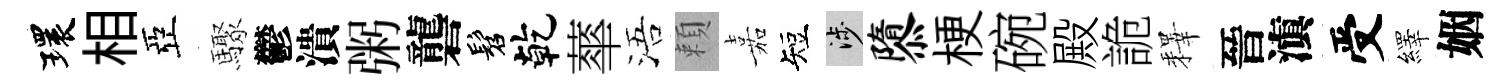
環相亞驟鬱潰粥礱髫乾蕐浯頼嘉短涉隳梗碗殿詭釋晉滇受繹姻